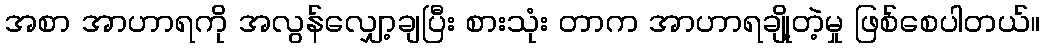
အစာ အာဟာရကို အလွန်လျှော့ချပြီး စားသုံး တာက အာဟာရချို့တဲ့မှု ဖြစ်စေပါတယ်။